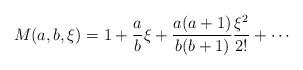
LaTeX: \begin{align*}M(a,b,\xi) = 1 + {a\over b}\xi + {a(a+1)\over b(b+1)}{\xi^{2}\over 2!}+ \cdots\end{align*}